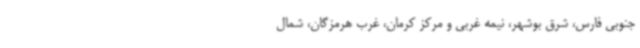
جنوبی فارس، شرق بوشهر، نیمه غربی و مرکز کرمان، غرب هرمزگان، شمال